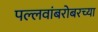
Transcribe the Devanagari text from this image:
पल्लवांबरोबरच्या